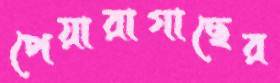
পেয়ারাগাছের